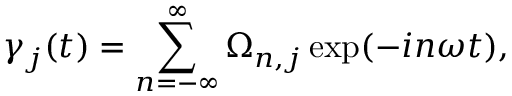
\gamma _ { j } ( t ) = \sum _ { n = - \infty } ^ { \infty } \Omega _ { n , j } \exp ( - i n \omega t ) ,